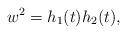
LaTeX: \begin{align*}w^2 = h_1(t) h_2(t),\end{align*}